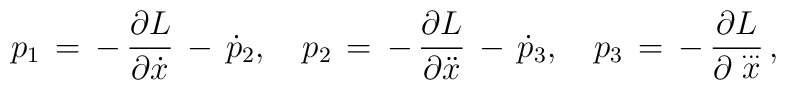
p_1\,=\,-\,\frac{\partial L}{\partial \dot x}\,-\, \dot p_2,\quad p_2\,=\,-\,\frac{\partial L}{\partial \ddot x}\,-\,\dot p_3,\quad p_3\,=\,-\,\frac{\partial L}{\partial\stackrel{\ldots}{x}}\,{,}